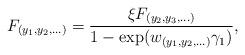
LaTeX: \begin{align*}F_{(y_1,y_2,\ldots)}=\dfrac{\xi F_{(y_2,y_3,\ldots)}}{1-\exp(w_{(y_1,y_2,\ldots)}\gamma_1)},\end{align*}